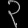
Digit: ၃